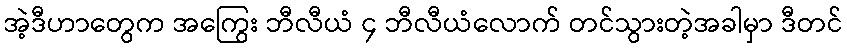
အဲ့ဒီဟာတွေက အကြွေး ဘီလီယံ ၄ ဘီလီယံလောက် တင်သွားတဲ့အခါမှာ ဒီတင်